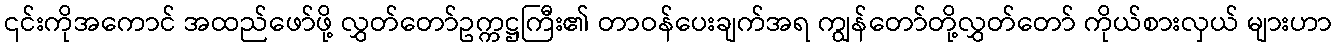
၎င်းကိုအကောင် အထည်ဖော်ဖို့ လွှတ်တော်ဥက္ကဋ္ဌကြီး၏ တာဝန်ပေးချက်အရ ကျွန်တော်တို့လွှတ်တော် ကိုယ်စားလှယ် များဟာ